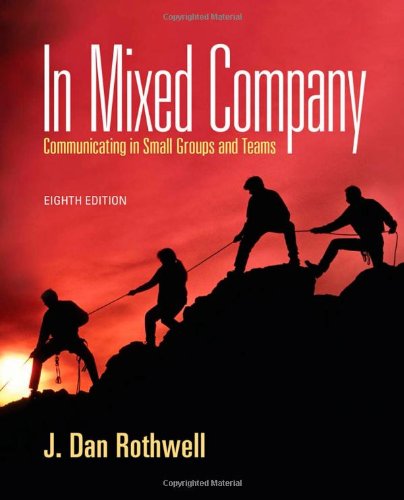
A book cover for In Mixed Company: Communicating in Small Groups; J. Dan Rothwell; Business & Money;